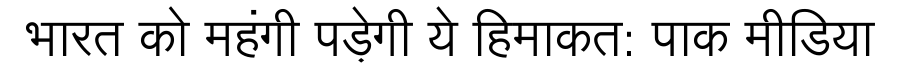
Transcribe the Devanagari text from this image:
भारत को महंगी पड़ेगी ये हिमाकत: पाक मीडिया